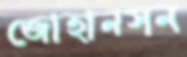
জোহানসন